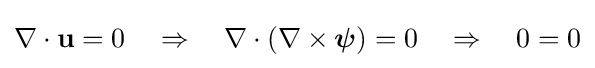
\nabla \cdot \mathbf {u} =0\quad \Rightarrow \quad \nabla \cdot (\nabla \times {\boldsymbol {\psi }})=0\quad \Rightarrow \quad 0=0